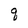
Character: q